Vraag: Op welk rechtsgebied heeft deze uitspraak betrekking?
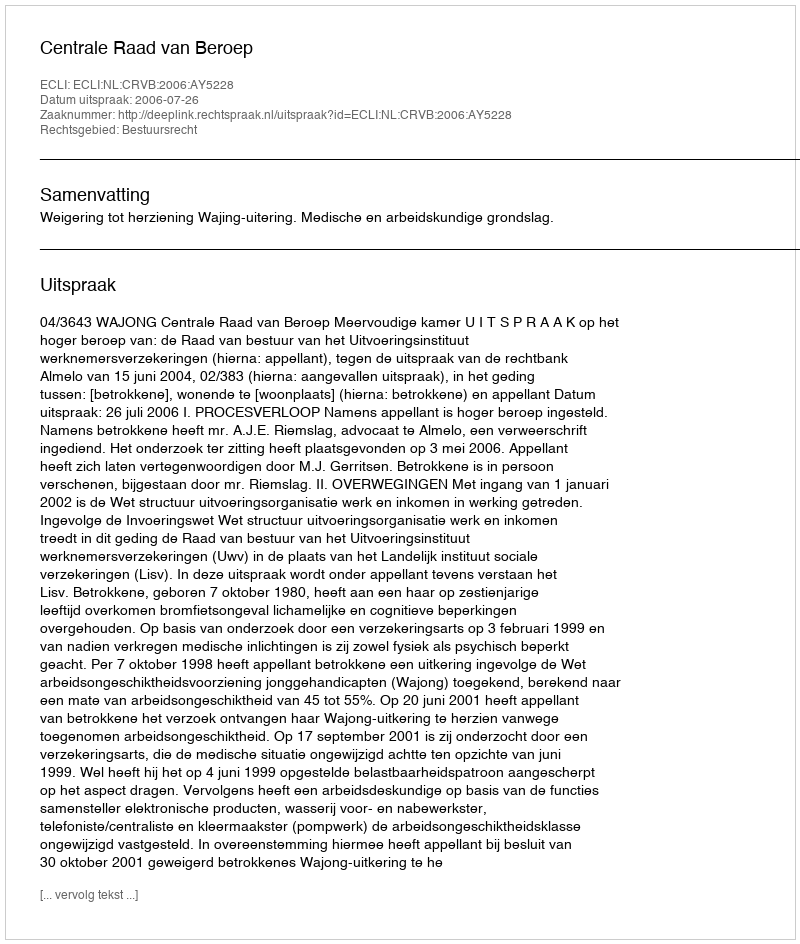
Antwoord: Bestuursrecht